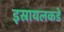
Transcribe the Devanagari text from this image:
इस्रायलकडे